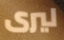
ليرى